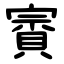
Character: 賨